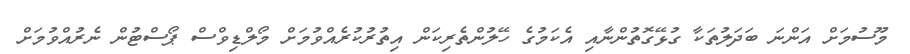
މޫސުމަށް އަންނަ ބަދަލުތަކާ ގުޅޭގޮތުންނާއި އެކަމުގެ ހޭލުންތެރިކަން އިތުރުކުރެއްވުމަށް މޯލްޑިވްސް ޕޯސްޓުން ނެރުއްވުމަށް